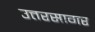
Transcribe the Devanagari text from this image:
उत्तरसागर